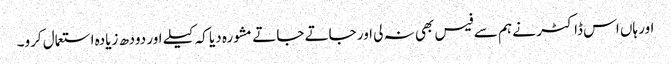
اور ہاں اس ڈاکٹر نے ہم سے فیس بھی نہ لی اور جاتے جاتے مشورہ دیا کہ کیلے اور دودھ زیادہ استعمال کرو۔